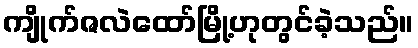
ကျိုက်ဇလဲထော်မြို့ဟုတွင်ခဲ့သည်။